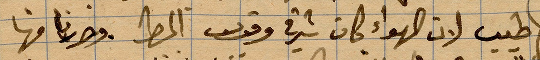
طيب لان الهواء كان شرقي وقوس المطر وصرنا فيها